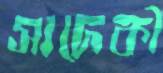
সাদেকী